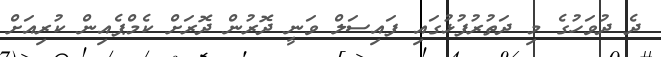
ދެ ދުވަހުގެ މި ދަތުރުފުޅުގައި ފައިސަލް ވަނީ ދޮރުން ދޮރަށް ކެމްޕެއިން ކުރިއަށް